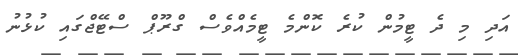
އަދި މި ދެ ޓީމުން ކުރެ ކޮންމެ ޓީމެއްވެސް ގްރޫޕް ސްޓޭޖްގައި ކުޅުނު